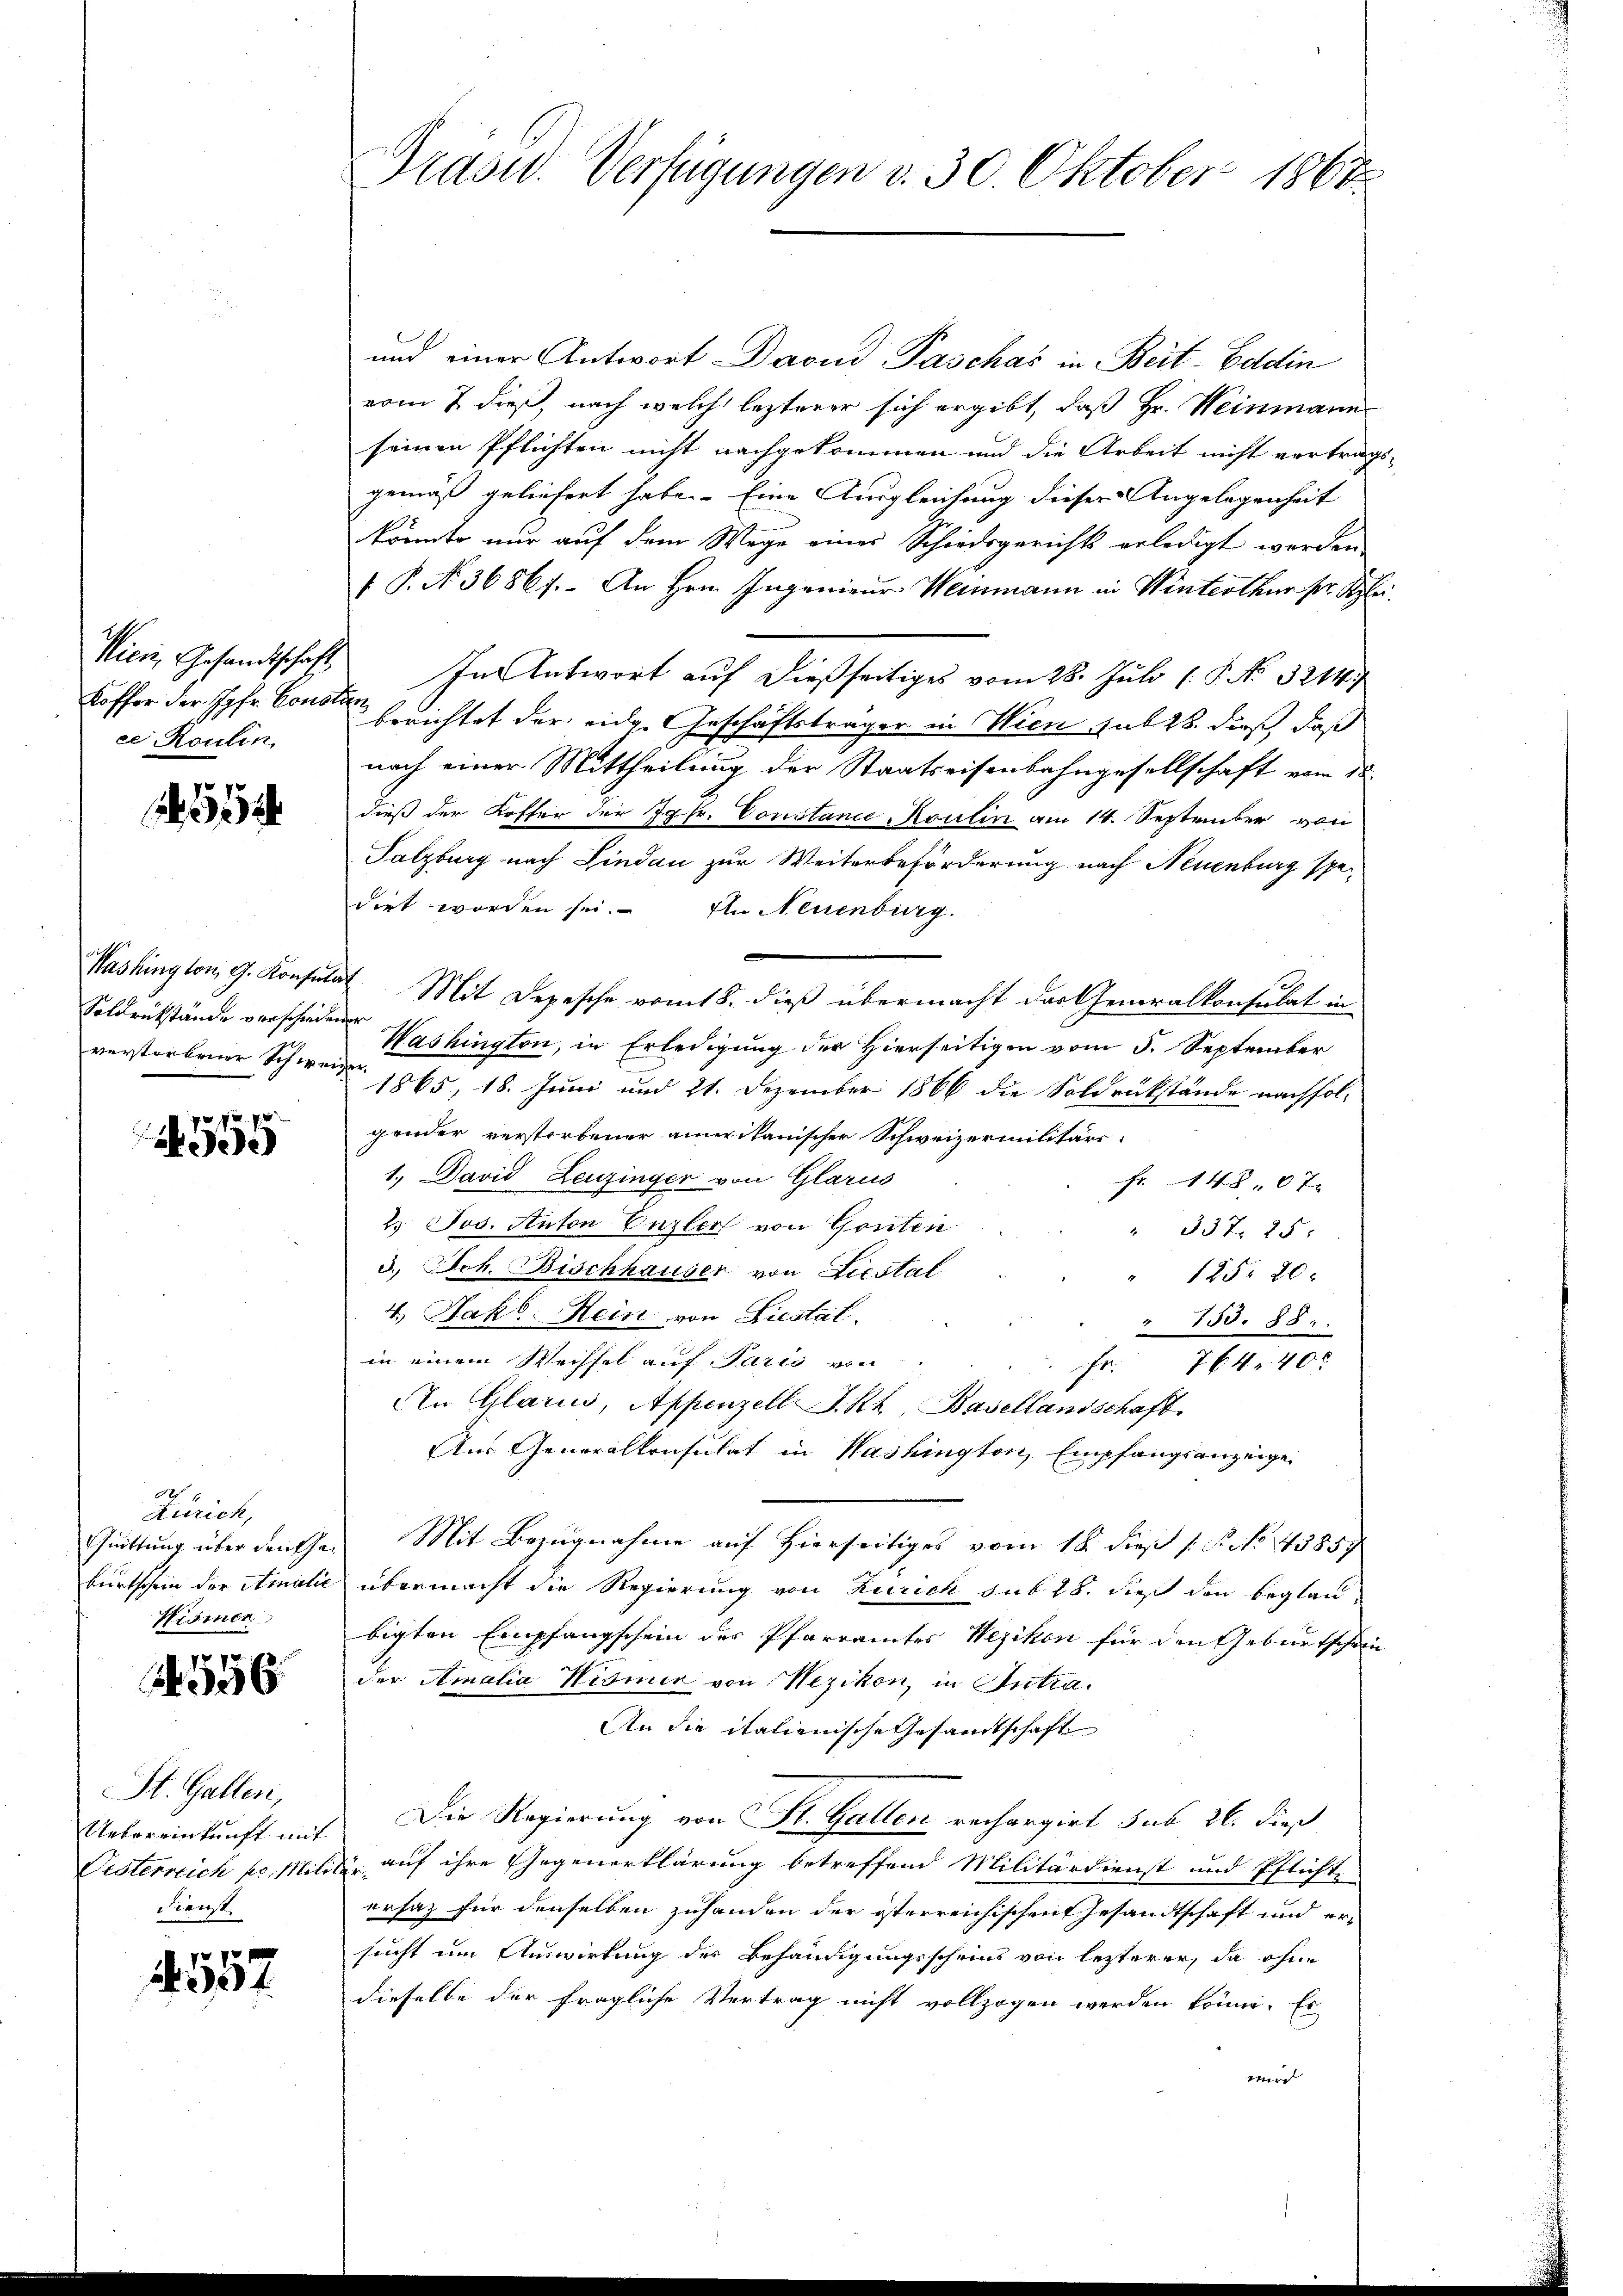
Mici, Gesandtschaft
ce Roulin,

555

A 4
Kurich,
Wismen

.
36

St. Gallen,
ianist

7
4

Soldrükstände verschiedener
verstorbener Schweizer

Grasw. Verfügungen d. 30. Oktober 1868

und einer Antwort David Paschas in Beit-Goldin
vom 7. dieß, nach welch lezterer sich ergibt, daß Hr. Weinmann
seinen Pflichten nicht nachgekommen und die Arbeit nicht vortragsgemäß geliefert habe. Eine Ausgleichung dieser Angelegenheit
könnte nur auf dem Wege einer Schiedsgerichts erledigt werden.
 P. N. 36867. An Hrn. Ingenieur Weinmann in Winterthur pr. Klei
In Antwort auf dießseitiges vom 28. Juli [§ No 3214.
Koffer der Jgfr. Consen berichtet der eidg. Geschäftsträger in Wien sub 28. dieß, daß
nach einer Mittheilung der Staatseisenbahngesellschaft vom de
dieß der Koffer der Jgfr. Constance Kontin am 14. September von
Salzburg nach Lindau zur Weiterbeförderung nach Neuenburg spedirt worden sei. In Neuenburg.
Washington, G. Konsultat Mit Depesche vom 18. dieß übermacht das Generalkonsulat in
Washington, in Erledigung der Hierseitigen vom 5. September
1865, 18. Juni und 21. Dezember 1866 die Soldrückstände nachfolgender verstorbener amerikanischer Schweizermilitärs-
1.) David Zeuzinger von Glarus
fr. 1480 x
2 Jos. Anton Enzler von Gonten
" 337. 25.
3.) Joh. Bischhauser von Liestal
125. 20.
4. Jako Rein von Liestal
" 753. 88.
in einem Wechsel auf Paris von
fr. 764. 40 x
An Glarus, Appenzell I.Rh., Basellandschaft.
Aus Generalkonsulat in Washington, Empfangsanzeigen
Quittung über denken Mit Bezugnahme auf Hierseitiges vom 18. dieß P. No. 43857
burtschein der Amalić übermacht die Regierung von Zürich sub 28. dieß den beglaubigten Empfangschein des Pfarramtes Wezikon für den Geburtschein
der Amalia Wismer von Wezikon, in Intra
An die italienische Gesandtschaft
Uebereinkunft mit Die Regierung von St. Gallen rechargirt sub 26. dieß
Visterreich pr. Militär auf ihre Gegenerklärung betreffend Militärdienst und Pflicht
ersatz für denselben zuhanden der österreichischen Gesandtschaft und ersucht um Auswirkung der Behändigungsscheins von lezterer, da ohne
dieselbe der fragliche Vertrag nicht vollzogen werden könne. Es
werd